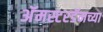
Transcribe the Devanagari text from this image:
अॅमस्टरडॅमच्या